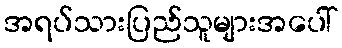
အရပ်သားပြည်သူများအပေါ်